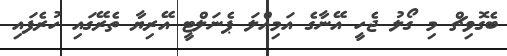
ބެގޮވިޗް މި ގޯލު ޖެހީ އޭނާގެ އަމިއްލަ ޕެނަލްޓީ އޭރިޔާ ތެރޭގައި ހުރެފައި